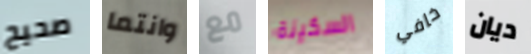
صحيح وانتما مع السكينة خافي ديان